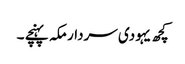
کچھ یہودی سردار مکہ پہنچے ۔